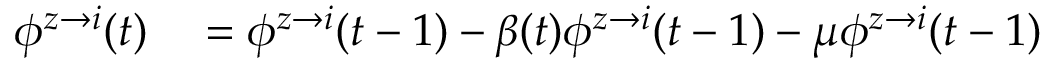
\begin{array} { r l } { \phi ^ { z \rightarrow i } ( t ) } & { { } = \phi ^ { z \rightarrow i } ( t - 1 ) - \beta ( t ) \phi ^ { z \rightarrow i } ( t - 1 ) - \mu \phi ^ { z \rightarrow i } ( t - 1 ) } \end{array}